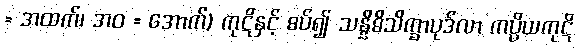
= အထက်၊ အဝ = အောက်) ကုဋိနှင့် စပ်၍ သန္နိဓိသိက္ခာပုဒ်လာ ကပ္ပိယကုဋိ